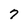
Character: 7